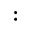
: